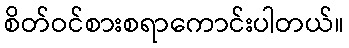
စိတ်ဝင်စားစရာကောင်းပါတယ်။